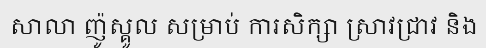
សាលា ញ៉ូស្គូល សម្រាប់ ការសិក្សា ស្រាវជ្រាវ និង